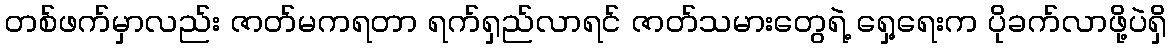
တစ်ဖက်မှာလည်း ဇာတ်မကရတာ ရက်ရှည်လာရင် ဇာတ်သမားတွေရဲ့ ရှေ့ရေးက ပိုခက်လာဖို့ပဲရှိ